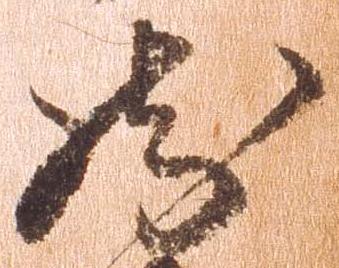
然